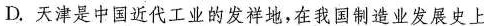
D.天津是中国近代工业的发祥地，在我国制造业发展史上